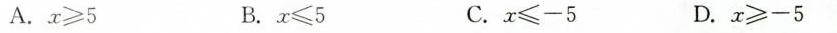
A.$$x ≥ 5$$ B.$$x ≤ 5$$ C.$$x ≤ -5$$ D.$$x ≥ - 5$$